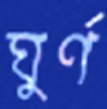
ঘুর্ণ